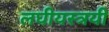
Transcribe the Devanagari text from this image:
लघीयस्त्रयी